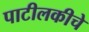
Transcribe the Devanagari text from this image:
पाटीलकीचे